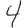
Digit: 4